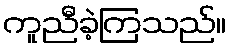
ကူညီခဲ့ကြသည်။